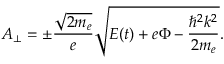
A _ { \bot } = \pm \frac { \sqrt { 2 m _ { e } } } { e } \sqrt { E ( t ) + e \Phi - \frac { \hbar ^ { 2 } k ^ { 2 } } { 2 m _ { e } } } .